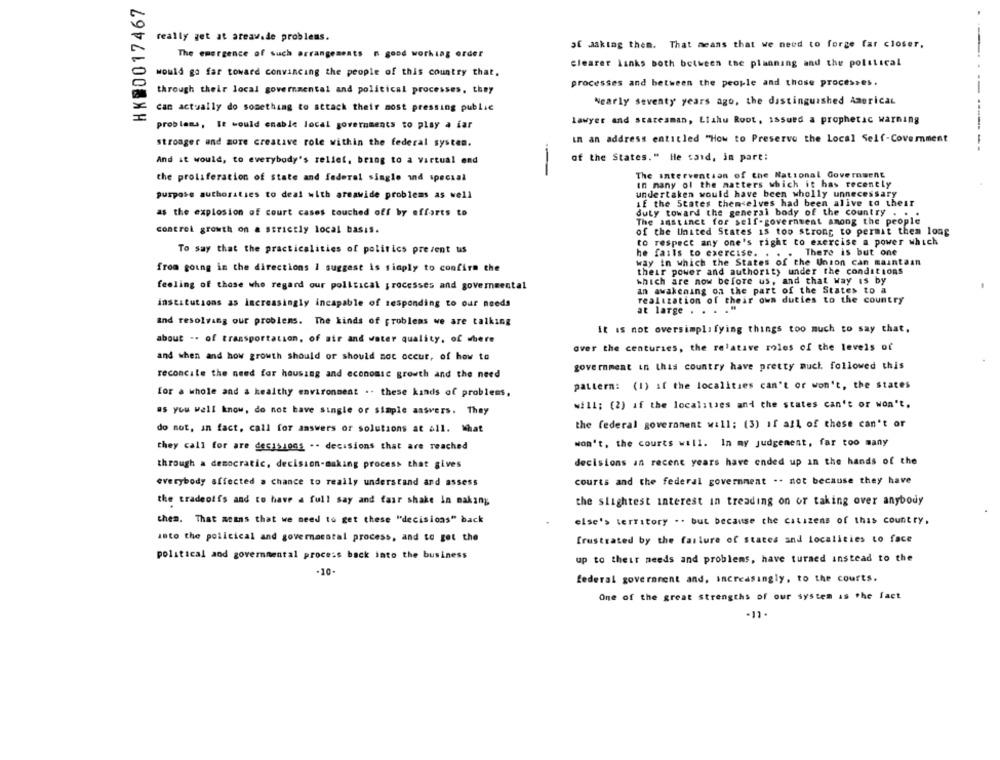
HK20017467
really get at areav.de problems.
af asking them. That means that we need to forge far closer.
The emergence of such arrangements n good working order
clearer Links both between the planning and the political
would go far toward convincing the people of this country that.
processes and between the people and those processes.
through their local governmental and political processes. they
--
can actually do something to attack their most pressing public
Nearly seventy years ago, the distinguished American
lawyer and statesman, Lishu Root, issued a prophetic warning
problems, It would enable local governments to play a far
in an address entitled "How to Preserve the Local Self-Covernment
stronger and more creative role within the federal system.
.-----
And it would, to everybody's relief, bring to a virtual end
of the States." He said, in part:
--
The intervention of the National Government
the proliferation of state and federal single ind special
In many of the matters which it has recently
purpose authorities to deal with areawide problems as well
undertaken would have been wholly unnecessary
if the States themselves had been alive to their
as the explosion of court cases touched off by efforts to
duty toward the general body of the country . .
The instinct for self-government among the people
control growth on a strictly local basis.
of the United States is too strong to permit them long
to respect any one's right to exercise a power which
To say that the practicalities of politics prezent us
There is but one
he fails to exercise.
way in which the States of the Union can maintain
from going in the directions I suggest is simply to confirm the
their power and authority under the conditions
which are now before us, and that way is by
feeling of those who regard our political processes and governmental
in awakening on the part of the States to a
institutions as Increasingly incapable of responding to our needs
realization of their own duties to the country
at large .
and resolving our problems. The kinds of problems we are talking
it is not oversimplifying things too much to say that,
about .. of transportation, of air and water quality, of where
over the centuries, the relatave roles of the levels of
and when and how growth should or should not occur, of how to
government in this country have pretty much followed this
reconcile the need for housing and economic growth and the need
pattern: (1) if the localities can't or won't, the states
for a whole and a healthy environment .. these kands of problems,
will; (2) af the localities and the states can't or won't.
as you well know, do not have single or simple assvers. They
the federal government will; (3) if all of these can't or
do not, in fact, call for answers or solutions at all. What
they call for are decisions .- decisions that are reached
won't, the courts will. In my judgement, far too many
decisions an recent years have ended up in the hands of the
through a democratic, decision-making process that gives
courts and the federal government .. not because they have
everybody affected a chance to really understand and assess
the tradeoffs and co have a full say and fasr shake in making
the slightest interest in treading on or taking over anybody
then. That means that we need to get these "decisions" back
else's territory .. but because the citizens of this country.
into the political and governacatal process, and to get the
frustrated by the failure of states and localities to face
political and governmental process back into the business
up to their needs and problems, have turned instead to the
-10-
federal government and, increasingly, to the courts.
One of the great strengths of our system as the fact
-11.